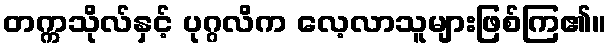
တက္ကသိုလ်နှင့် ပုဂ္ဂလိက လေ့လာသူများဖြစ်ကြ၏။